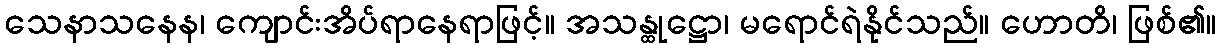
သေနာသနေန၊ ကျောင်းအိပ်ရာနေရာဖြင့်။ အသန္ထုဋ္ဌော၊ မရောင်ရဲနိုင်သည်။ ဟောတိ၊ ဖြစ်၏။